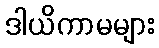
ဒါယိကာမများ